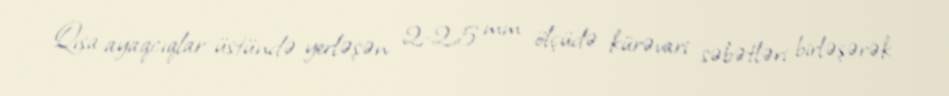
Qısa ayaqcıqlar üstündə yerləşən 2-2,5 mm ölçüdə kürəvari səbətləri birləşərək